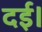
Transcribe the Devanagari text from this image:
दई।